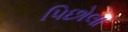
પિછોલા